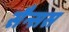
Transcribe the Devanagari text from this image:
सैन्सस